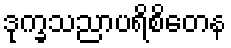
ဒုက္ခသညာပရိစိတေန